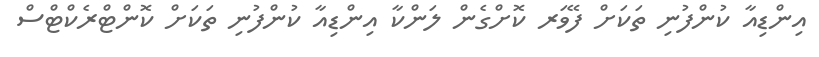
އިންޑިއާ ކުންފުނި ތަކަށް ފޭވަރ ކޮށްގެން ލަންކާ އިންޑިއާ ކުންފުނި ތަކަށް ކޮންޓްރެކްޓްސް